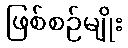
ဖြစ်စဉ်မျိုး